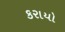
કરાયો